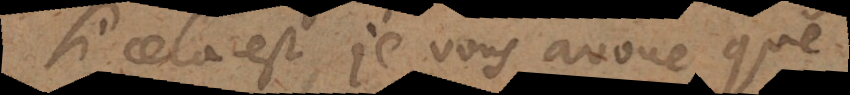
Si cela est, je vous avoue que